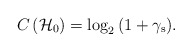
\begin{align*}C\left( { \mathcal{H} }_{ 0 } \right) =\log _{ 2 }{ \left( 1+{ \gamma }_{ \mathrm{s} } \right) }. \end{align*}